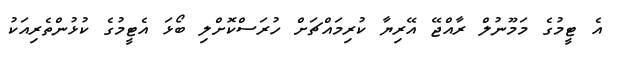
އެ ޓީމުގެ މަމޫނުލް ރާއްޖޭ އޭރިޔާ ކުރިމައްޗަށް ހުރަސްކޮށްލި ބޯޅަ އެޓީމުގެ ކުޅުންތެރިއަކު